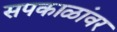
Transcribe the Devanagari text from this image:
सपकाळांवर